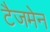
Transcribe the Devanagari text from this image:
टैजमेन